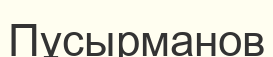
Пұсырманов